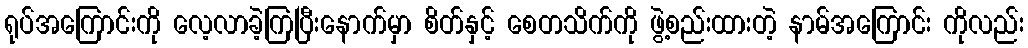
ရုပ်အကြောင်းကို လေ့လာခဲ့ကြပြီးနောက်မှာ စိတ်နှင့် စေတသိက်ကို ဖွဲ့စည်းထားတဲ့ နာမ်အကြောင်း ကိုလည်း